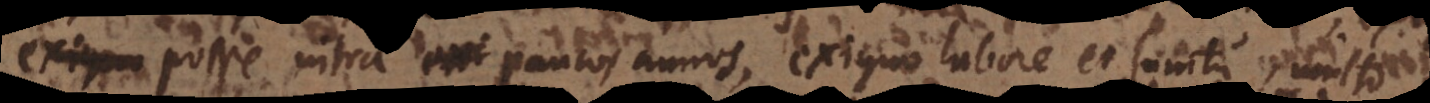
, posse intra paucos annos, exiguo labore et sumtu, mul